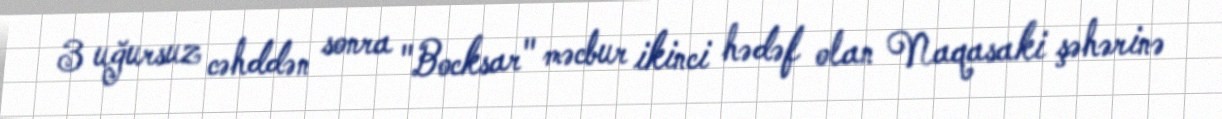
3 uğursuz cəhddən sonra "Bocksar" məcbur ikinci hədəf olan Naqasaki şəhərinə